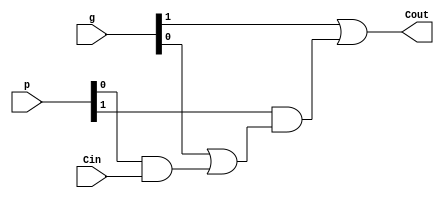
`timescale 1ns / 1ps
//////////////////////////////////////////////////////////////////////////////////
// Company: 
// Engineer: 
// 
// Design Name: 
// Module Name:    Carry_Block_2 
// Project Name: 
// Target Devices: 
// Tool versions: 
// Description: 
//
// Dependencies: 
//
// Revision: 
// Revision 0.01 - File Created
// Additional Comments: 
//
//////////////////////////////////////////////////////////////////////////////////
module Carry_Block_2(
    output Cout,
    input [3:0] p,
    input [3:0] g,
    input Cin
    );
	 
	 assign Cout = g[1] | 
			(p[1] & (g[0] | (p[0] & Cin)));			//c2 = g1 + (p1*g0) + (p1*p0*c0) 

endmodule